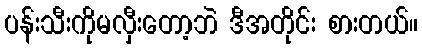
ပန်းသီးကိုမလှီးတော့ဘဲ ဒီအတိုင်း စားတယ်။